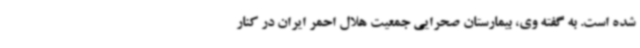
شده است. به گفته وی، بیمارستان صحرایی جمعیت هلال احمر ایران در کنار